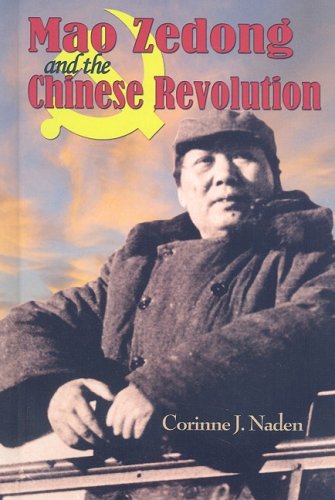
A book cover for Mao Zedong and the Chinese Revolution (World Leaders); Corinne J. Naden; Teen & Young Adult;